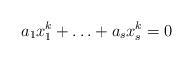
LaTeX: \begin{align*}a_1x_1^k+\ldots +a_sx_s^k=0\end{align*}